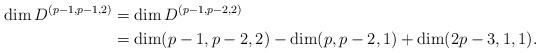
LaTeX: \begin{align*}\dim D^{(p-1,p-1,2)}&=\dim D^{(p-1,p-2,2)}\cr&=\dim(p-1,p-2,2)-\dim(p,p-2,1)+\dim(2p-3,1,1).\end{align*}